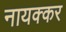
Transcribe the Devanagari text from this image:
नायक्कर